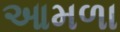
આમળા